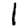
Digit: 1